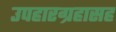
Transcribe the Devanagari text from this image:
उपहारग्रहासह